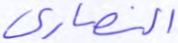
النصارى